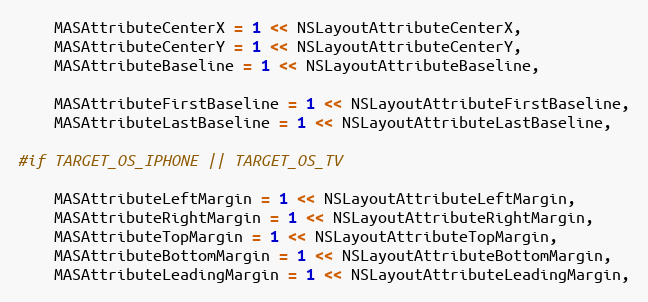
Language: C
    MASAttributeCenterX = 1 << NSLayoutAttributeCenterX,
    MASAttributeCenterY = 1 << NSLayoutAttributeCenterY,
    MASAttributeBaseline = 1 << NSLayoutAttributeBaseline,

    MASAttributeFirstBaseline = 1 << NSLayoutAttributeFirstBaseline,
    MASAttributeLastBaseline = 1 << NSLayoutAttributeLastBaseline,

#if TARGET_OS_IPHONE || TARGET_OS_TV

    MASAttributeLeftMargin = 1 << NSLayoutAttributeLeftMargin,
    MASAttributeRightMargin = 1 << NSLayoutAttributeRightMargin,
    MASAttributeTopMargin = 1 << NSLayoutAttributeTopMargin,
    MASAttributeBottomMargin = 1 << NSLayoutAttributeBottomMargin,
    MASAttributeLeadingMargin = 1 << NSLayoutAttributeLeadingMargin,